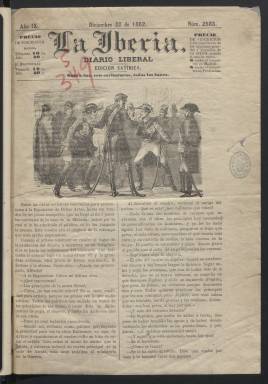
Título: La Iberia (Ed. satírica)
Colección: Periódicos || Revistas satíricas y humorísticas
Ámbito geográfico: Madrid
Lugar de publicación: Madrid
Fechas: 22/12/1862-14/09/1863